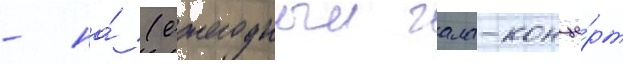
- на́ (ежегодныи гала-конце́рт